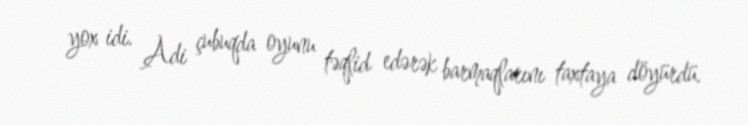
yox idi. Adi çubuqda oyunu təqlid edərək barmaqlarını taxtaya döyürdü.